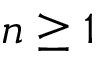
n \ge 1